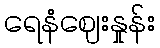
ရေနံဈေးနှုန်း